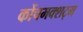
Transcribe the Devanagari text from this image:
कोंचमक्शट्म